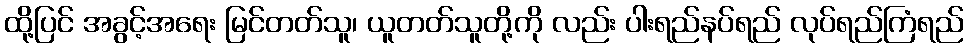
ထို့ပြင် အခွင့်အရေး မြင်တတ်သူ၊ ယူတတ်သူတို့ကို လည်း ပါးရည်နပ်ရည် လုပ်ရည်ကြံရည်